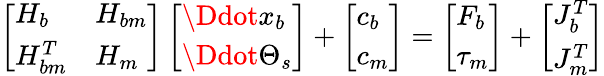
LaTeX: \left[\begin{array}{ll}{H_{b}}&{H_{bm}}\\ {H_{bm}^{T}}&{H_{m}}\end{array}\right]\left[\begin{array}{l}{\Ddot{x_{b}}}\\ {\Ddot{\Theta_{s}}}\end{array}\right]+\left[\begin{array}{l}{c_{b}}\\ {c_{m}}\end{array}\right]=\left[\begin{array}{l}{F_{b}}\\ {\tau_{m}}\end{array}\right]+\left[\begin{array}{l}{J_{b}^{T}}\\ {J_{m}^{T}}\end{array}\right]